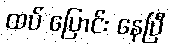
ထပ် ပြောင်း နေပြီ